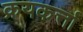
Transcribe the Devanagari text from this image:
क्रयकर्त्ता